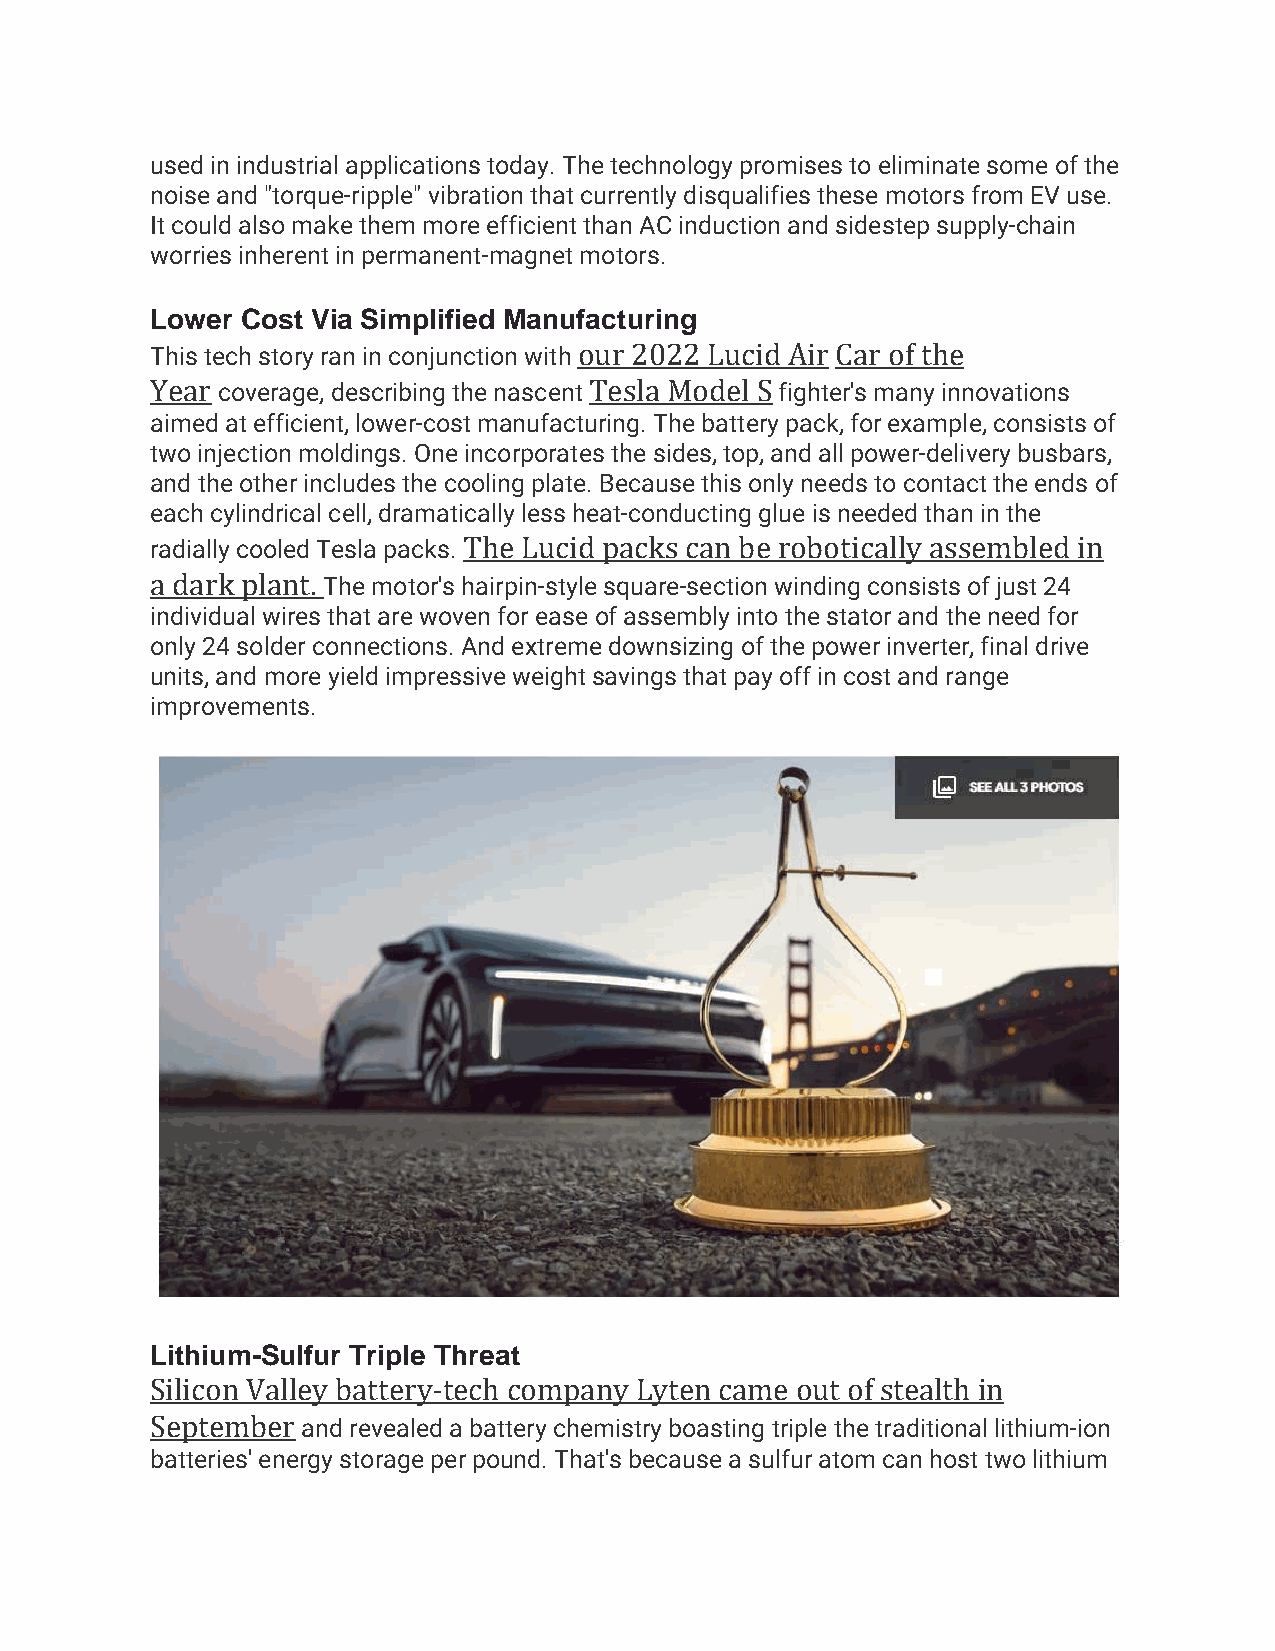
used in industrial applications today. The technology promises to eliminate some of the
 noise and "torque-ripple" vibration that currently disqualifies these motors from EV use.
 It could also make them more efficient than AC induction and sidestep supply-chain
 worries inherent in permanent-magnet motors.
 Lower Cost Via Simplified Manufacturing
 This tech story ran in conjunction with our 2022 Lucid Air Car of the
 Year coverage, describing the nascent Tesla Model S fighter's many innovations
 aimed at efficient, lower-cost manufacturing. The battery pack, for example, consists of
 two injection moldings. One incorporates the sides, top, and all power-delivery busbars,
 and the other includes the cooling plate. Because this only needs to contact the ends of
 each cylindrical cell, dramatically less heat-conducting glue is needed than in the
 radially cooled Tesla packs. The Lucid packs can be robotically assembled in
 a dark plant. The motor's hairpin-style square-section winding consists of just 24
 individual wires that are woven for ease of assembly into the stator and the need for
 only 24 solder connections. And extreme downsizing of the power inverter, final drive
 units, and more yield impressive weight savings that pay off in cost and range
 improvements.
 Lithium-Sulfur Triple Threat
 Silicon Valley battery-tech company Lyten came out of stealth in
 September and revealed a battery chemistry boasting triple the traditional lithium-ion
 batteries' energy storage per pound. That's because a sulfur atom can host two lithium